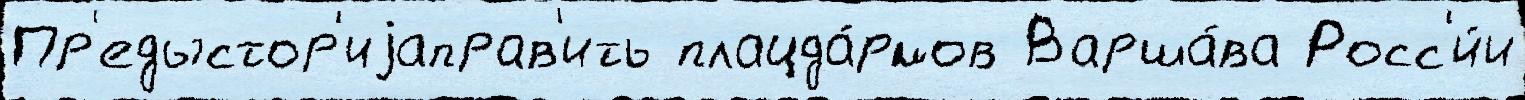
Пр'едыстор'иjаправ'ить плацда́рмов Варша́ва Росс'и́и